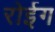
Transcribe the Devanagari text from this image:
रोईग